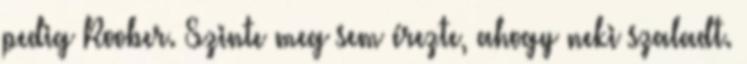
pedig Roober. Szinte meg sem érezte, ahogy neki szaladt.